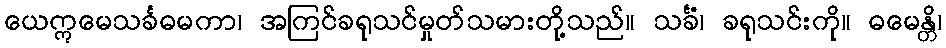
ယေဣမေသင်္ခဓမကာ၊ အကြင်ခရုသင်မှုတ်သမားတို့သည်။ သင်္ခံ၊ ခရုသင်းကို။ ဓမေန္တိ၊